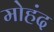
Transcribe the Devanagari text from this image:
मोहंद